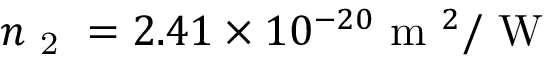
n _ { \mathrm { ~ 2 ~ } } = 2 . 4 1 \times 1 0 ^ { - 2 0 } \mathrm { ~ m ~ } ^ { 2 } / \mathrm { ~ W ~ }